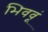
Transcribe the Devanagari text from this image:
भिववूं